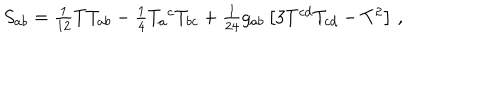
LaTeX: S _ { a b } = \textstyle { \frac { 1 } { 1 2 } } T T _ { a b } - \textstyle { \frac { 1 } { 4 } } T _ { a } { } ^ { c } T _ { b c } + \textstyle { \frac { 1 } { 2 4 } } g _ { a b } \left[ 3 T ^ { c d } T _ { c d } - T ^ { 2 } \right] \, ,